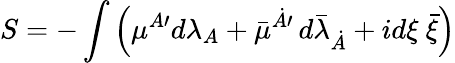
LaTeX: S=-\int\left({\mu}{}^{A\prime}d\lambda_{A}+\bar{\mu}{}^{\dot{A}\prime}\, d{\bar{\lambda}}_{\dot{A}}+id{\xi}~\bar{\xi}\right)